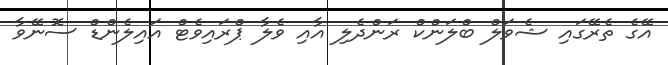
އޭގެ ތެރޭގައި ޝެވަލް ބްލަންކް ރަންދެލި އާއި ވެލާ ޕްރައިވެޓް އައިލެންޑް ސޮނޭވާ